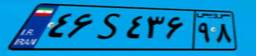
۱۸S۰۸۹۹۷